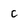
Character: c